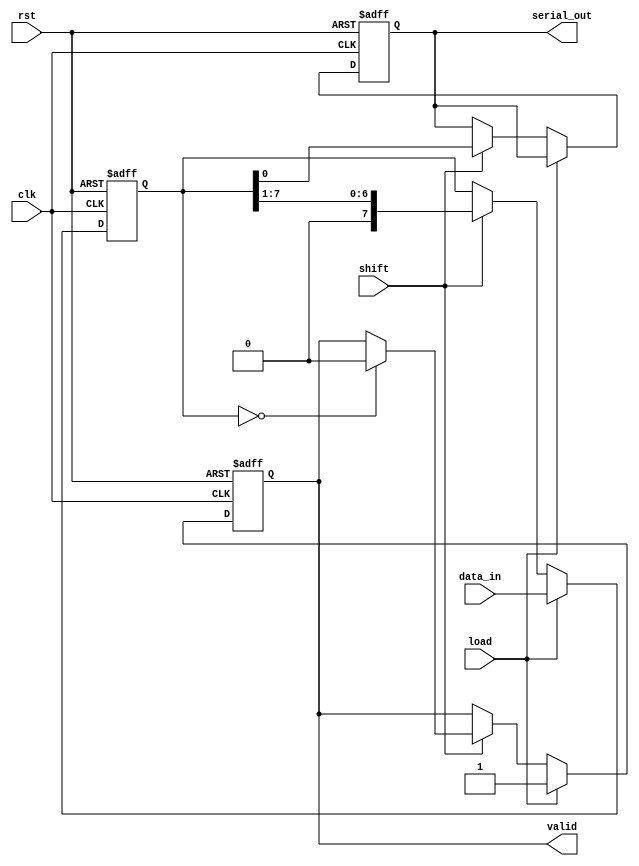
module PISO_Register #(
    parameter N = 8 // Number of parallel data bits
)(
    input wire [N-1:0] data_in, // Parallel data input
    input wire load,             // Load signal
    input wire shift,            // Shift signal
    input wire clk,              // Clock signal
    input wire rst,              // Reset signal
    output reg serial_out,       // Serial data output
    output reg valid             // Output valid signal
);

    reg [N-1:0] shift_reg; // Shift register to hold the data

    always @(posedge clk or posedge rst) begin
        if (rst) begin
            shift_reg <= 0;   // Reset shift register
            serial_out <= 0;  // Reset serial output
            valid <= 0;       // Reset valid signal
        end else begin
            if (load) begin
                shift_reg <= data_in; // Load parallel data into shift register
                valid <= 1;            // Set valid signal high
            end else if (shift) begin
                serial_out <= shift_reg[0]; // Output the first bit
                shift_reg <= {1'b0, shift_reg[N-1:1]}; // Shift left
                if (shift_reg == 0) begin
                    valid <= 0; // Clear valid signal when all bits are shifted out
                end
            end
        end
    end

endmodule